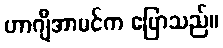
ဟာဂျီအာမင်က ပြောသည်။